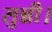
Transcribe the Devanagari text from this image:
सुन्नी।